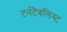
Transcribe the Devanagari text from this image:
टर्नटैबलिस्ट